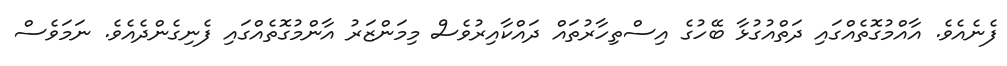
ފެނެއެވެ. އާއްމުގޮތެއްގައި ދަތްއުގުޅާ ބޭހުގެ އިސްތިހާރުތައް ދައްކާއިރުވެސް މިމަންޒަރު އާންމުގޮތެއްގައި ފެނިގެންދެއެވެ. ނަމަވެސް